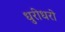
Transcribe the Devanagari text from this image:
धुरीधरो